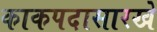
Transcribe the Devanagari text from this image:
काकपदासारखे